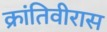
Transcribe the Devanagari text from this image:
क्रांतिवीरास